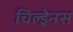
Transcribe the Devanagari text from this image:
चिल्ड्रेनस